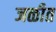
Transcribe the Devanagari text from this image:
जळीत